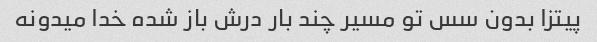
پیتزا بدون سس تو مسیر چند بار درش باز شده خدا میدونه